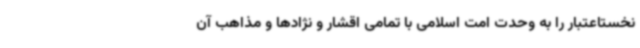
نخستاعتبار را به وحدت امت اسلامی با تمامی اقشار و نژادها و مذاهب آن